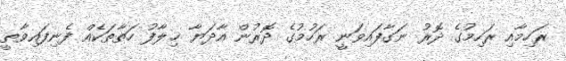
ރަހިމާއި ރަހިމުގެ ދޮރު ނަގާފައިވަނީ ރަހުމުގެ ދޮރުން އާދަޔާ ޚިލާފު ހަތާތަކެއް ފެނިފައިވާތީ